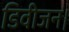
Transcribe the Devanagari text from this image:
डिवीजन।